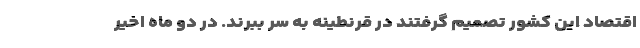
اقتصاد این کشور تصمیم گرفتند در قرنطینه به سر ببرند. در دو ماه اخیر